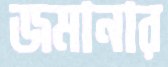
জমানার